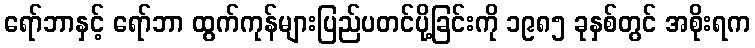
ရော်ဘာနှင့် ရော်ဘာ ထွက်ကုန်များပြည်ပတင်ပို့ခြင်းကို ၁၉၈၅ ခုနှစ်တွင် အစိုးရက